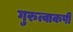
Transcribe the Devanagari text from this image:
गुरुत्वाकर्षी